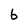
Character: 6